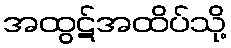
အထွဋ်အထိပ်သို့